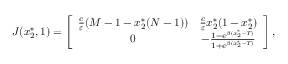
\begin{array} { r } { J ( x _ { 2 } ^ { * } , 1 ) = \left[ { \begin{array} { c c } { \frac { c } { \varepsilon } ( M - 1 - x _ { 2 } ^ { * } ( N - 1 ) ) } & { \frac { c } { \varepsilon } x _ { 2 } ^ { * } ( 1 - x _ { 2 } ^ { * } ) } \\ { 0 } & { - \frac { 1 - e ^ { \beta ( x _ { 2 } ^ { * } - T ) } } { 1 + e ^ { \beta ( x _ { 2 } ^ { * } - T ) } } } \end{array} } \right] , } \end{array}